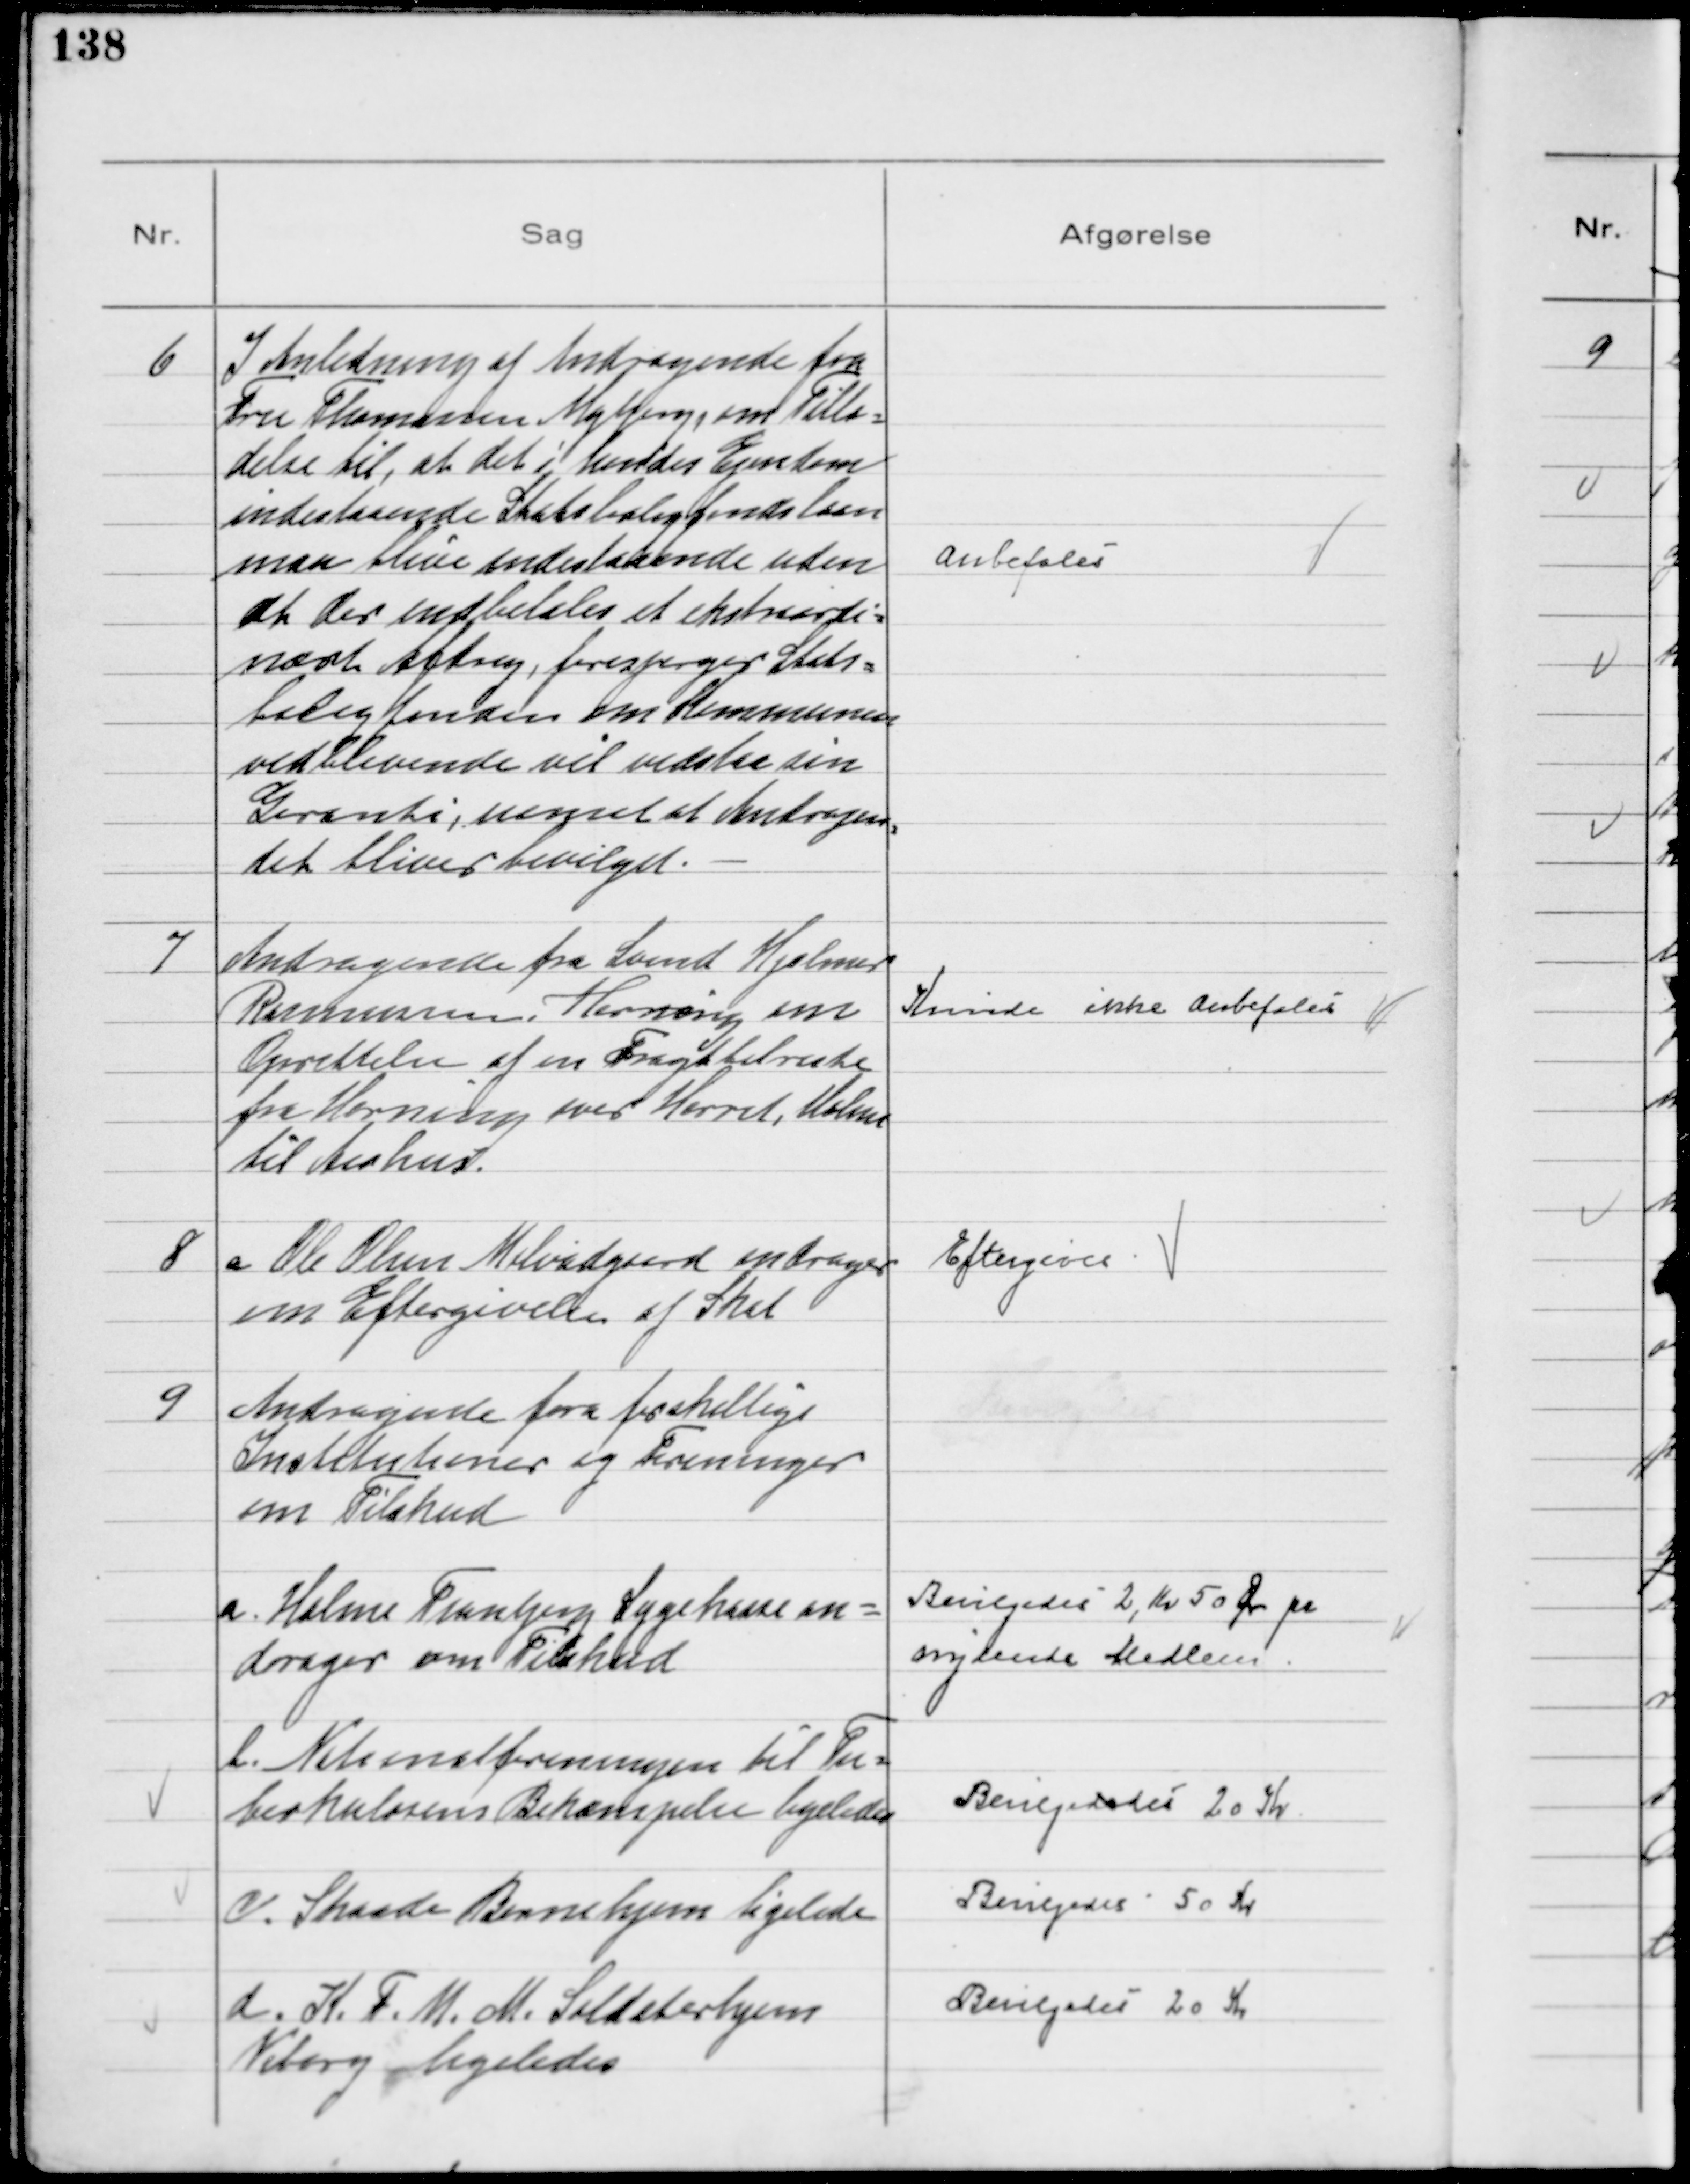
Transskription:
6
I Anledning af Andragende fra
Fru Thomassen Højbjerg, om Tilla=
delse til, at det i hendes Ejendom
indestaaende Statsboligfondslaan
maa blive indestaaende uden
at der indbetales et ekstraordi=
nært Afdrag, forespørger Stats=
boligfonden om Kommunen
vedblivende vil vedstaa sin
Garanti, uanset at Andragen
=
det bliver bevilget.

Anbefales

7
Andragende fra Svend Hjalmer
Rasmussen, Hørning om
Oprettelse af en Fragtbilrute
fra Hørning over Hørret, Holme
til Aarhus.

Kunde ikke anbefales

8
a Ole Olsen Mølvadgaard andrager
om Eftergivelse af Skat

Eftergives

9
Andragende fra forskellige
Institutioner og Foreninger
om Tilskud

a. Holme Tranbjerg Sygekasse an=
drager om Tilskud

Bevilgedes 2, Kr 50 Øre pr
nydende Medlem

b. Nationalforeningen til Tu=
berkulosens Bekæmpelse ligeledes

Bevilgedes 20 Kr

c. Skaade Børnehjem ligeledes

Bevilgedes 50 Kr

d. K.F.U.M. Soldaterhjem
Viborg ligeledes

Bevilgedes 20 Kr